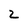
Character: 2